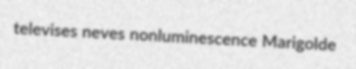
televises neves nonluminescence Marigolde